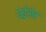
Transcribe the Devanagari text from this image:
येईसेर